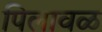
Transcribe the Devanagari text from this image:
पिलावळ